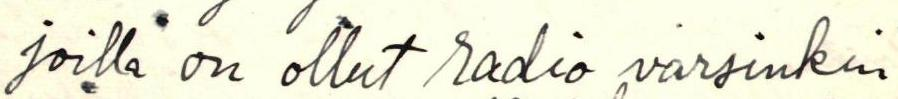
joilla on ollut radio varsinkin